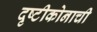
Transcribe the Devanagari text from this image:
दृष्टीकोनाची